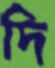
দি